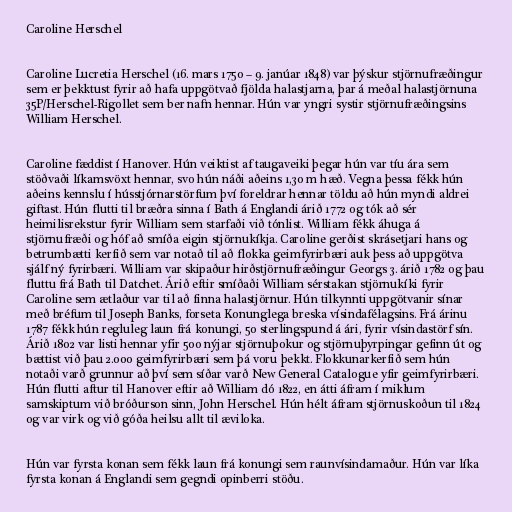
Caroline Herschel

Caroline Lucretia Herschel (16. mars 1750 – 9. janúar 1848) var þýskur stjörnufræðingur
sem er þekktust fyrir að hafa uppgötvað fjölda halastjarna, þar á meðal halastjörnuna
35P/Herschel-Rigollet sem ber nafn hennar. Hún var yngri systir stjörnufræðingsins
William Herschel.

Caroline fæddist í Hanover. Hún veiktist af taugaveiki þegar hún var tíu ára sem
stöðvaði líkamsvöxt hennar, svo hún náði aðeins 1,30 m hæð. Vegna þessa fékk hún
aðeins kennslu í hússtjórnarstörfum því foreldrar hennar töldu að hún myndi aldrei
giftast. Hún flutti til bræðra sinna í Bath á Englandi árið 1772 og tók að sér
heimilisrekstur fyrir William sem starfaði við tónlist. William fékk áhuga á
stjörnufræði og hóf að smíða eigin stjörnukíkja. Caroline gerðist skrásetjari hans og
betrumbætti kerfið sem var notað til að flokka geimfyrirbæri auk þess að uppgötva
sjálf ný fyrirbæri. William var skipaður hirðstjörnufræðingur Georgs 3. árið 1782 og þau
fluttu frá Bath til Datchet. Árið eftir smíðaði William sérstakan stjörnukíki fyrir
Caroline sem ætlaður var til að finna halastjörnur. Hún tilkynnti uppgötvanir sínar
með bréfum til Joseph Banks, forseta Konunglega breska vísindafélagsins. Frá árinu
1787 fékk hún regluleg laun frá konungi, 50 sterlingspund á ári, fyrir vísindastörf sín.
Árið 1802 var listi hennar yfir 500 nýjar stjörnuþokur og stjörnuþyrpingar gefinn út og
bættist við þau 2.000 geimfyrirbæri sem þá voru þekkt. Flokkunarkerfið sem hún
notaði varð grunnur að því sem síðar varð New General Catalogue yfir geimfyrirbæri.
Hún flutti aftur til Hanover eftir að William dó 1822, en átti áfram í miklum
samskiptum við bróðurson sinn, John Herschel. Hún hélt áfram stjörnuskoðun til 1824
og var virk og við góða heilsu allt til æviloka.

Hún var fyrsta konan sem fékk laun frá konungi sem raunvísindamaður. Hún var líka
fyrsta konan á Englandi sem gegndi opinberri stöðu.